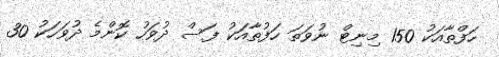
ހަފްތާއަކު 150 މިނިޓް ނުވަތަ ހަފުތާއަކު ފަސް ދުވަހު ކޮންމެ ދުވަހަކު 30